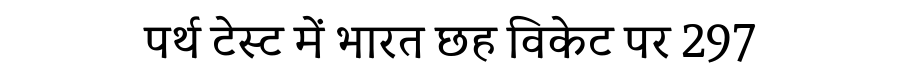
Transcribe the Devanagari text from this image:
पर्थ टेस्ट में भारत छह विकेट पर 297